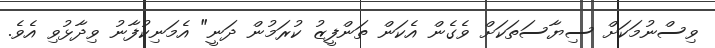
ވިސްނުމަކަށް ސިޔާސަތަކަށް ވެގެން އެކަން ތަންފީޒު ކުރަމުން ދަނީ" އެމަނިކުފާނު ވިދާޅުވި އެވެ.